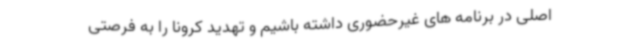
اصلی در برنامه های غیرحضوری داشته باشیم و تهدید کرونا را به فرصتی